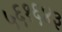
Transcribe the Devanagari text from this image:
५६१६४३